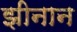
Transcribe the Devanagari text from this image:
झीनान